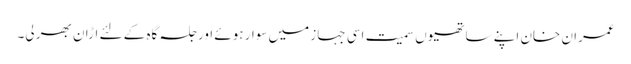
عمران خان اپنے ساتھیوں سمیت اسی جہاز میں سوار ہوئے اور جلسہ گاہ کے لئے اڑان بھر لی۔